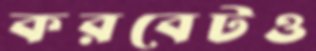
করবেটও